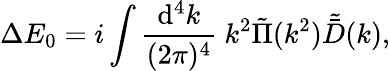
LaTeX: \Delta E_{0}=i\int{\frac{\mathrm{d}^{4}k}{(2\pi)^{4}}}\ k^{2}\tilde{\Pi}(k^{2})\tilde{\bar{D}}(k),